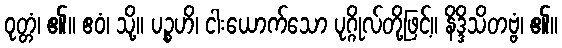
ဝုတ္တံ၊ ၏။ ဧဝံ၊ သို့။ ပဉ္စဟိ၊ ငါးယောက်သော ပုဂ္ဂိုလ်တို့ဖြင့်။ နိဒ္ဒိသိတဗ္ဗံ၊ ၏။